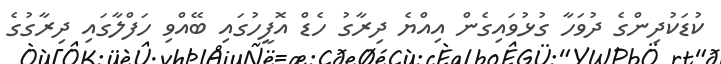
ކުޑަކުދިންގެ ދުވަހާ ގުޅުވައިގެން އިއްޔެ ދިރާގު ހެޑް އޮފީހުގައި ބޭއްވި ހަފްލާގައި ދިރާގުގެ